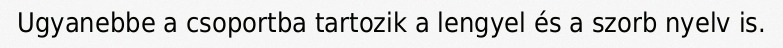
Ugyanebbe a csoportba tartozik a lengyel és a szorb nyelv is.